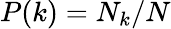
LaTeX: P(k)=N_{k}/N